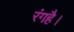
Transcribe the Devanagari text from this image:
रंगहै।